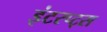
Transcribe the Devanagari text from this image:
इंटरप्ट्स